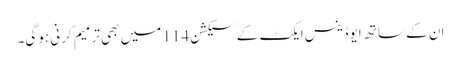
ان کے ساتھ ایوڈینس ایکٹ کے سیکشن 114 میں بھی ترمیم کرنی ہوگی۔